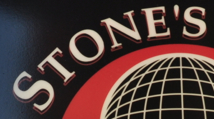
STONE'S